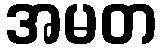
အမတ